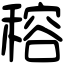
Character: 穃